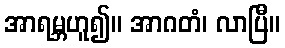
အာရမ္ဘဟူ၍။ အာဂတံ၊ လာပြီ။